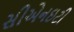
સીએનઇટી